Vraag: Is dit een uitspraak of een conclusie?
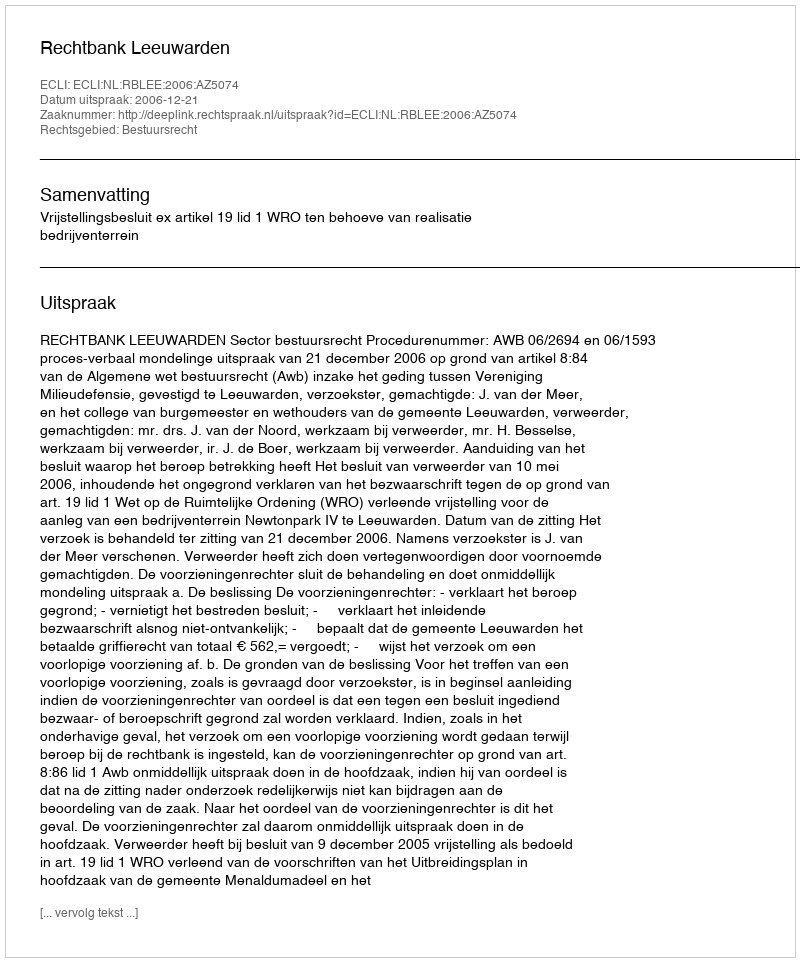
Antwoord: Uitspraak